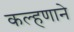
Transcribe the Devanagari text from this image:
कल्हणाने